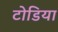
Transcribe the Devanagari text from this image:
टोडिया